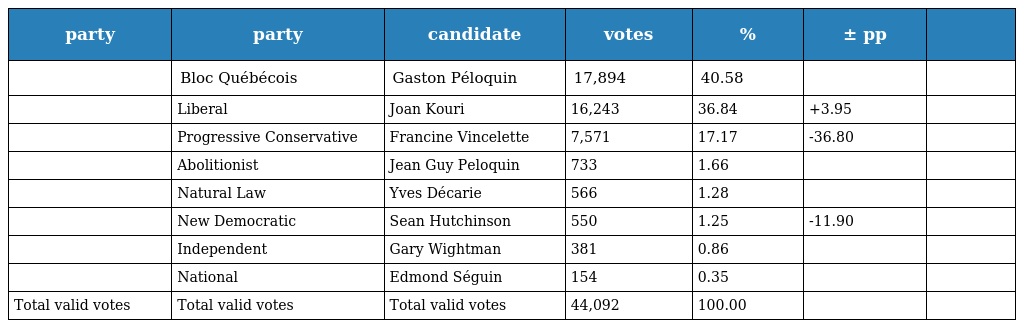
| party | party | candidate | votes | % | ± pp |  |
 | --- | --- | --- | --- | --- | --- | --- |
 |  | Bloc Québécois | Gaston Péloquin | 17,894 | 40.58 |  |  |
 |  | Liberal | Joan Kouri | 16,243 | 36.84 | +3.95 |  |
 |  | Progressive Conservative | Francine Vincelette | 7,571 | 17.17 | -36.80 |  |
 |  | Abolitionist | Jean Guy Peloquin | 733 | 1.66 |  |  |
 |  | Natural Law | Yves Décarie | 566 | 1.28 |  |  |
 |  | New Democratic | Sean Hutchinson | 550 | 1.25 | -11.90 |  |
 |  | Independent | Gary Wightman | 381 | 0.86 |  |  |
 |  | National | Edmond Séguin | 154 | 0.35 |  |  |
 | Total valid votes | Total valid votes | Total valid votes | 44,092 | 100.00 |  |  |